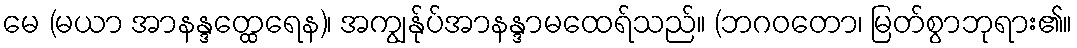
မေ (မယာ အာနန္ဒတ္ထေရေန)၊ အကျွန်ုပ်အာနန္ဒာမထေရ်သည်။ (ဘဂဝတော၊ မြတ်စွာဘုရား၏။